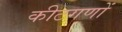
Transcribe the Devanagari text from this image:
कीटगणों